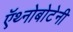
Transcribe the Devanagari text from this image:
ऍथ्नोबोटेनी